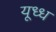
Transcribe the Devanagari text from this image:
यूध्ध